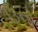
ઉનો